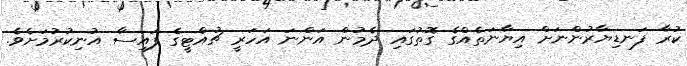
ކުރާ ފަނޑިޔާރުންނަށް އިޔާނަތެއްގެ ގޮތުގައި ދެމުން އަންނަ އަހަރީ ޗުއްޓީގެ ފައިސާ އުނިކުރުމަށެވެ.